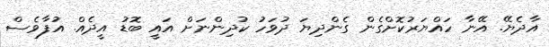
އާދެޔޭ. އޭނާ ހައްޔަރުކޮށްގެން ގެންދިޔަ ދުވަހު ކުދިންނަށް އައީ ބޮޑު އީދެއް. އުފާވެސް